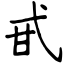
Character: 甙